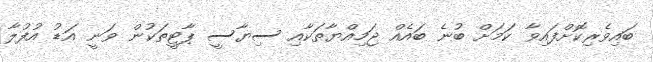
ބައިވެރިކޮށްފައިވާ ކަމަށް ބުނެ ބައެއް ޖަމިއްޔާތަކާއި ސިޔާސީ ޕާޓީތަކުން ވަނީ އަޑު އުފުލާ